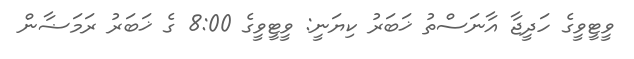
ވީޓީވީގެ ހަދީޖާ އާނަސްތު ޚަބަރު ކިޔަނީ: ވީޓީވީގެ 8:00 ގެ ޚަބަރު ރަމަޟާން